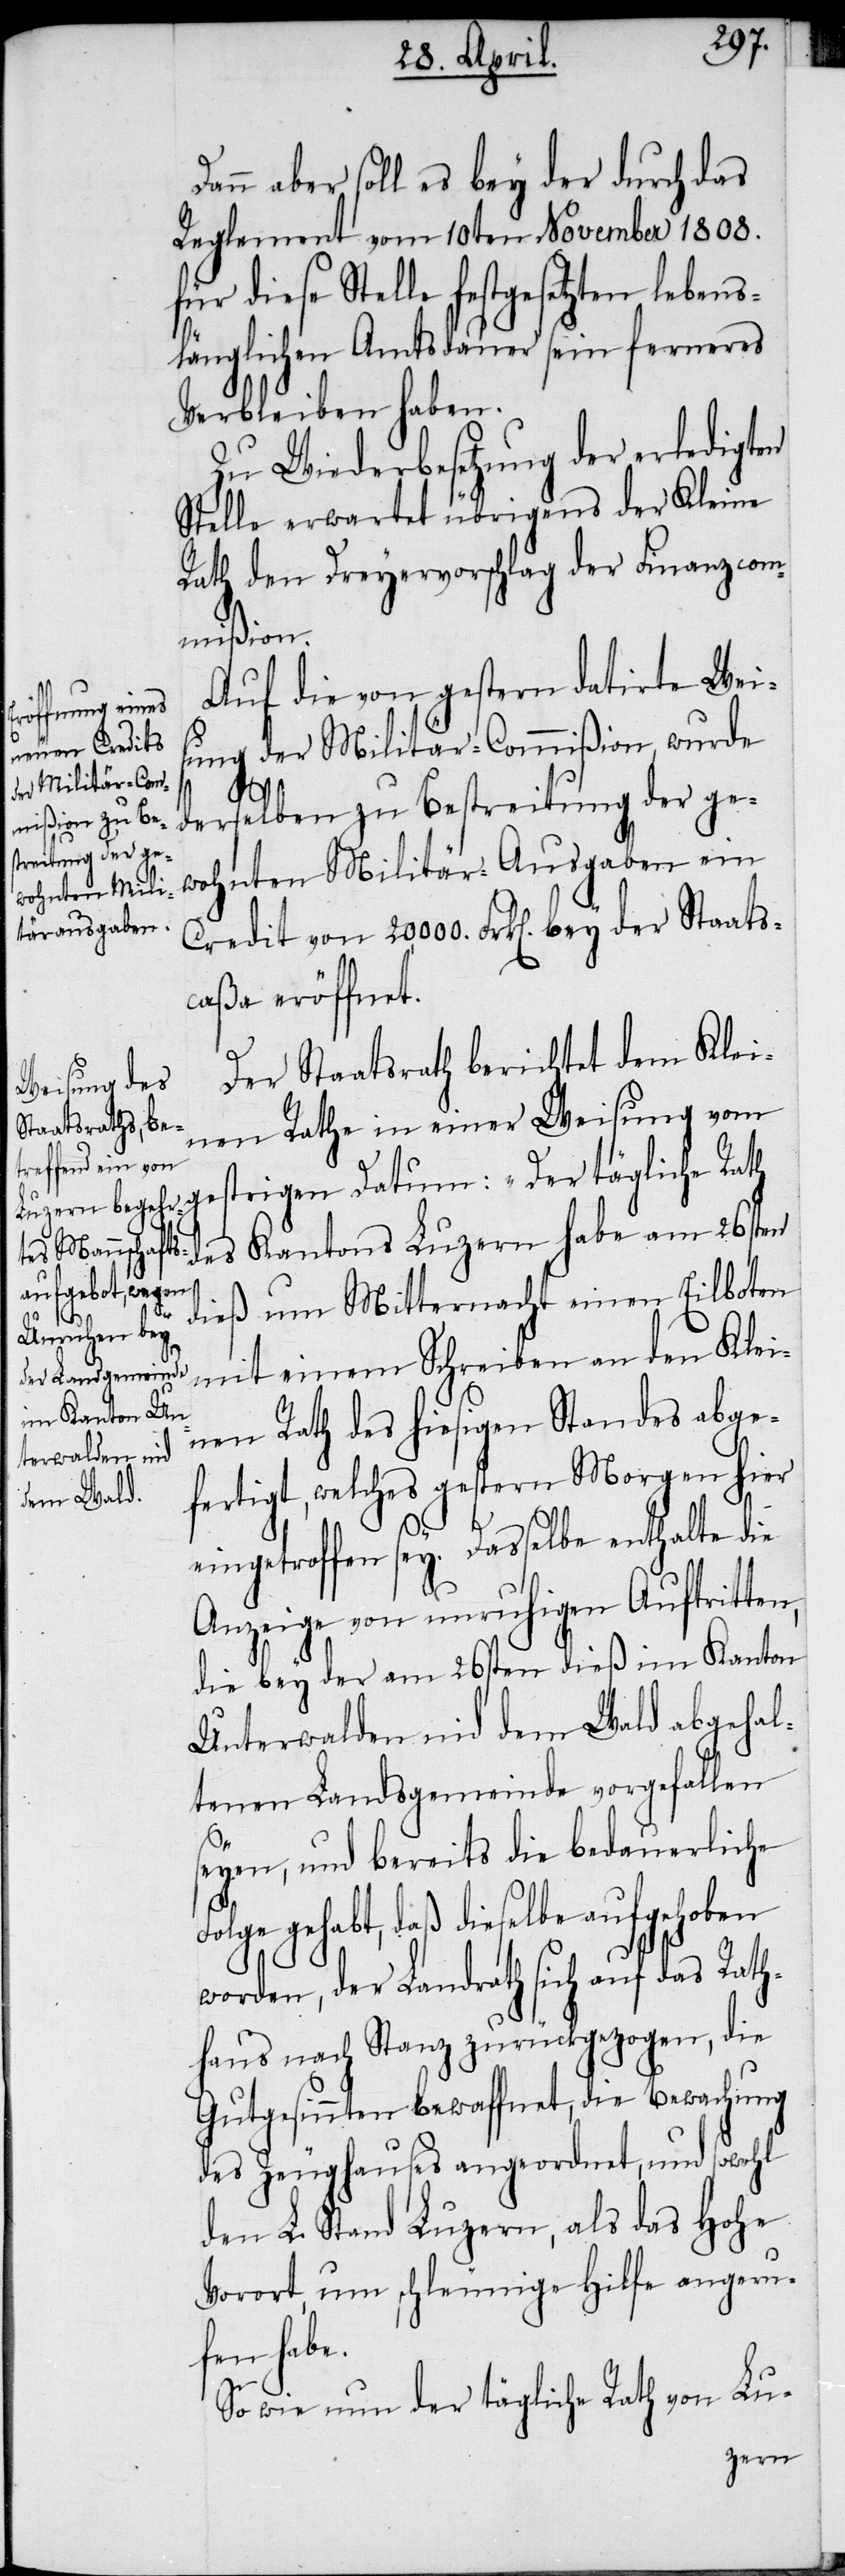
Dann aber soll es bey der durch das
Reglement vom 10ten November 1808.
für diese Stelle festgesetzten lebens¬
länglichen Amtsdauer sein ferneres
Verbleiben haben.
Zu Wiederbesetzung der erledigten
Stelle erwartet übrigens der Kleine
Rath den Dreyervorschlag der Finanzcom¬
mißion.
Auf die von gestern datirte Weis¬
ung der Militär-Commißion, wurde
derselben zu Bestreitung der ge¬
wohnten Militär-Ausgaben ein
Credit von 20,000. Frk[en]. bey der Staats¬
caßa eröffnet.
Der Staatsrath berichtet dem Klei¬
nen Rathe in einer Weisung vom
gestrigen Datum: „Der tägliche Rath
des Kantons Luzern habe am 26sten
dieß um Mitternacht einen Eilboten
mit einem Schreiben an den Klei¬
nen Rath des hiesigen Standes abge¬
fertigt, welches gestern Morgen hier
eingetroffen sey. Dasselbe enthalte die
Anzeige von unruhigen Auftritten,
die bey der am 16sten dieß im Kanton
Unterwalden nid dem Wald abgehal¬
tenen Landsgemeinde vorgefallen
seyen, und bereits die bedauerliche
gehabt, daß dieselbe aufgehoben
worden, der Landrath sich auf das Rath¬
haus nach Stanz zurückgezogen, die
Gutgesinnten bewaffnet, die Bewachung
des Zeughauses angeordnet, und sowohl
den L. Stand Luzern, als das Hohe
Vorort, um schleunige Hilfe angeru¬
fen habe.
So wie nun der tägliche Rath von Lu-